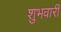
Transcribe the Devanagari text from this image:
शुभवारी